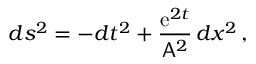
d s ^ { 2 } = - d t ^ { 2 } + \frac { \mathrm { e } ^ { 2 t } } { \mathsf { A } ^ { 2 } } \, d x ^ { 2 } \, ,